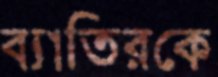
ব্যাতিরকে